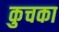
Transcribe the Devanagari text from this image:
कुचका